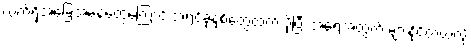
လက်ရှိအခြေအနေတွေကြောင့် အရင်ခုနှစ်တွေထက် ပိုပြီး အရေအတွက် များနိုင်တယ်လို့